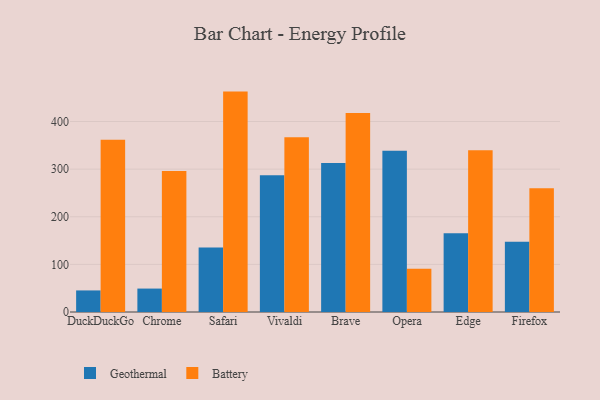
{"axis": {"x": "Browser", "y": "Inventory Turnover"}, "legend": ["Battery", "Geothermal"], "data": [{"x": "DuckDuckGo", "y": 45.3, "type": "Geothermal"}, {"x": "DuckDuckGo", "y": 361.6, "type": "Battery"}, {"x": "Chrome", "y": 49.2, "type": "Geothermal"}, {"x": "Chrome", "y": 296.4, "type": "Battery"}, {"x": "Safari", "y": 135.7, "type": "Geothermal"}, {"x": "Safari", "y": 462.9, "type": "Battery"}, {"x": "Vivaldi", "y": 287.1, "type": "Geothermal"}, {"x": "Vivaldi", "y": 367.0, "type": "Battery"}, {"x": "Brave", "y": 313.1, "type": "Geothermal"}, {"x": "Brave", "y": 418.2, "type": "Battery"}, {"x": "Opera", "y": 338.8, "type": "Geothermal"}, {"x": "Opera", "y": 90.8, "type": "Battery"}, {"x": "Edge", "y": 165.2, "type": "Geothermal"}, {"x": "Edge", "y": 339.6, "type": "Battery"}, {"x": "Firefox", "y": 147.5, "type": "Geothermal"}, {"x": "Firefox", "y": 260.1, "type": "Battery"}]}